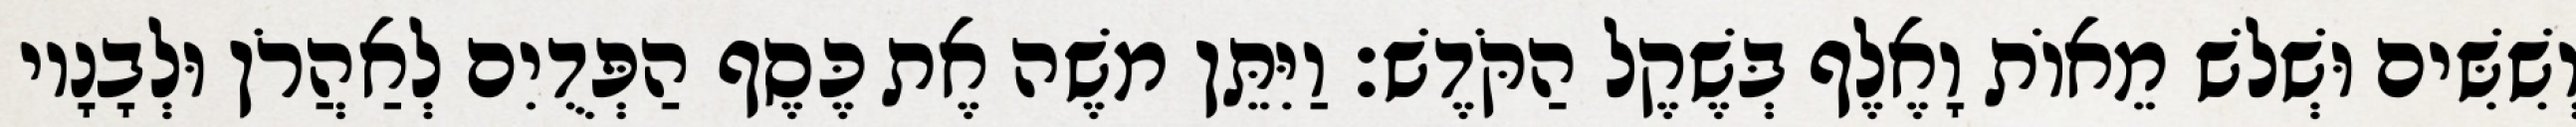
וְשִׁשִּׁים וּשְׁלשׁ מֵאוֹת וָאֶלֶף בְּשֶׁקֶל הַקֹּדֶשׁ׃ וַיִּתֵּן משֶׁה אֶת כֶּסֶף הַפְּדֻיִם לְאַהֲרֹן וּלְבָנָיו